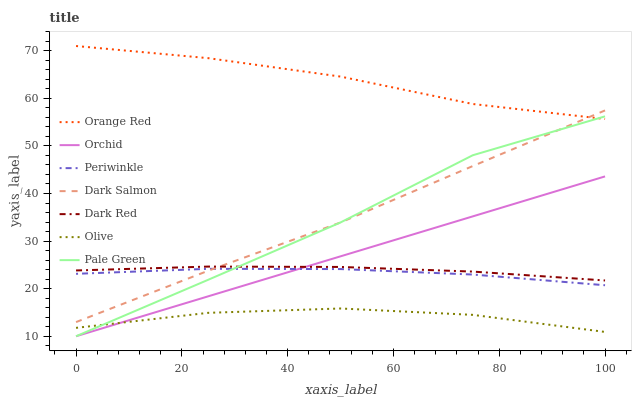
| xaxis_label | Orange Red | Orchid | Periwinkle | Dark Salmon | Dark Red | Olive | Pale Green |
 | --- | --- | --- | --- | --- | --- | --- | --- |
 | 0 | 71 | 10 | 23.1 | 13 | 23.8 | 11.8 | 10 |
 | 25 | 68.4 | 18.4 | 24.2 | 23.8 | 24.6 | 14.9 | 21.9 |
 | 50 | 64.6 | 26.8 | 24.1 | 33.9 | 24.6 | 15.8 | 33.9 |
 | 75 | 58.8 | 35.2 | 23 | 45.8 | 23.6 | 14.5 | 48 |
 | 100 | 55.7 | 43.6 | 20.7 | 57.5 | 21.7 | 10.9 | 56.2 |